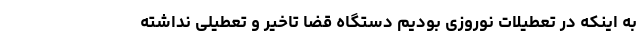
به اینکه در تعطیلات نوروزی بودیم دستگاه قضا تاخیر و تعطیلی نداشته